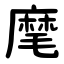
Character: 麾